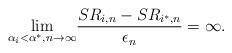
LaTeX: \begin{align*}\underset{\alpha_i < \alpha^{*},n \rightarrow \infty}\lim \frac {SR_{i,n} -SR_{i^*,n}} {\epsilon_n} = \infty.\end{align*}